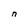
Character: n